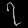
Digit: ၇